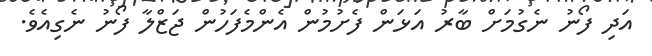
އަދި ފޯނު ނެގުމަށް ބާރު އަޅަން ފެށުމުން އެންމެފަހުން ޖަޒްލާ ފޯނު ނެގިއެވެ.